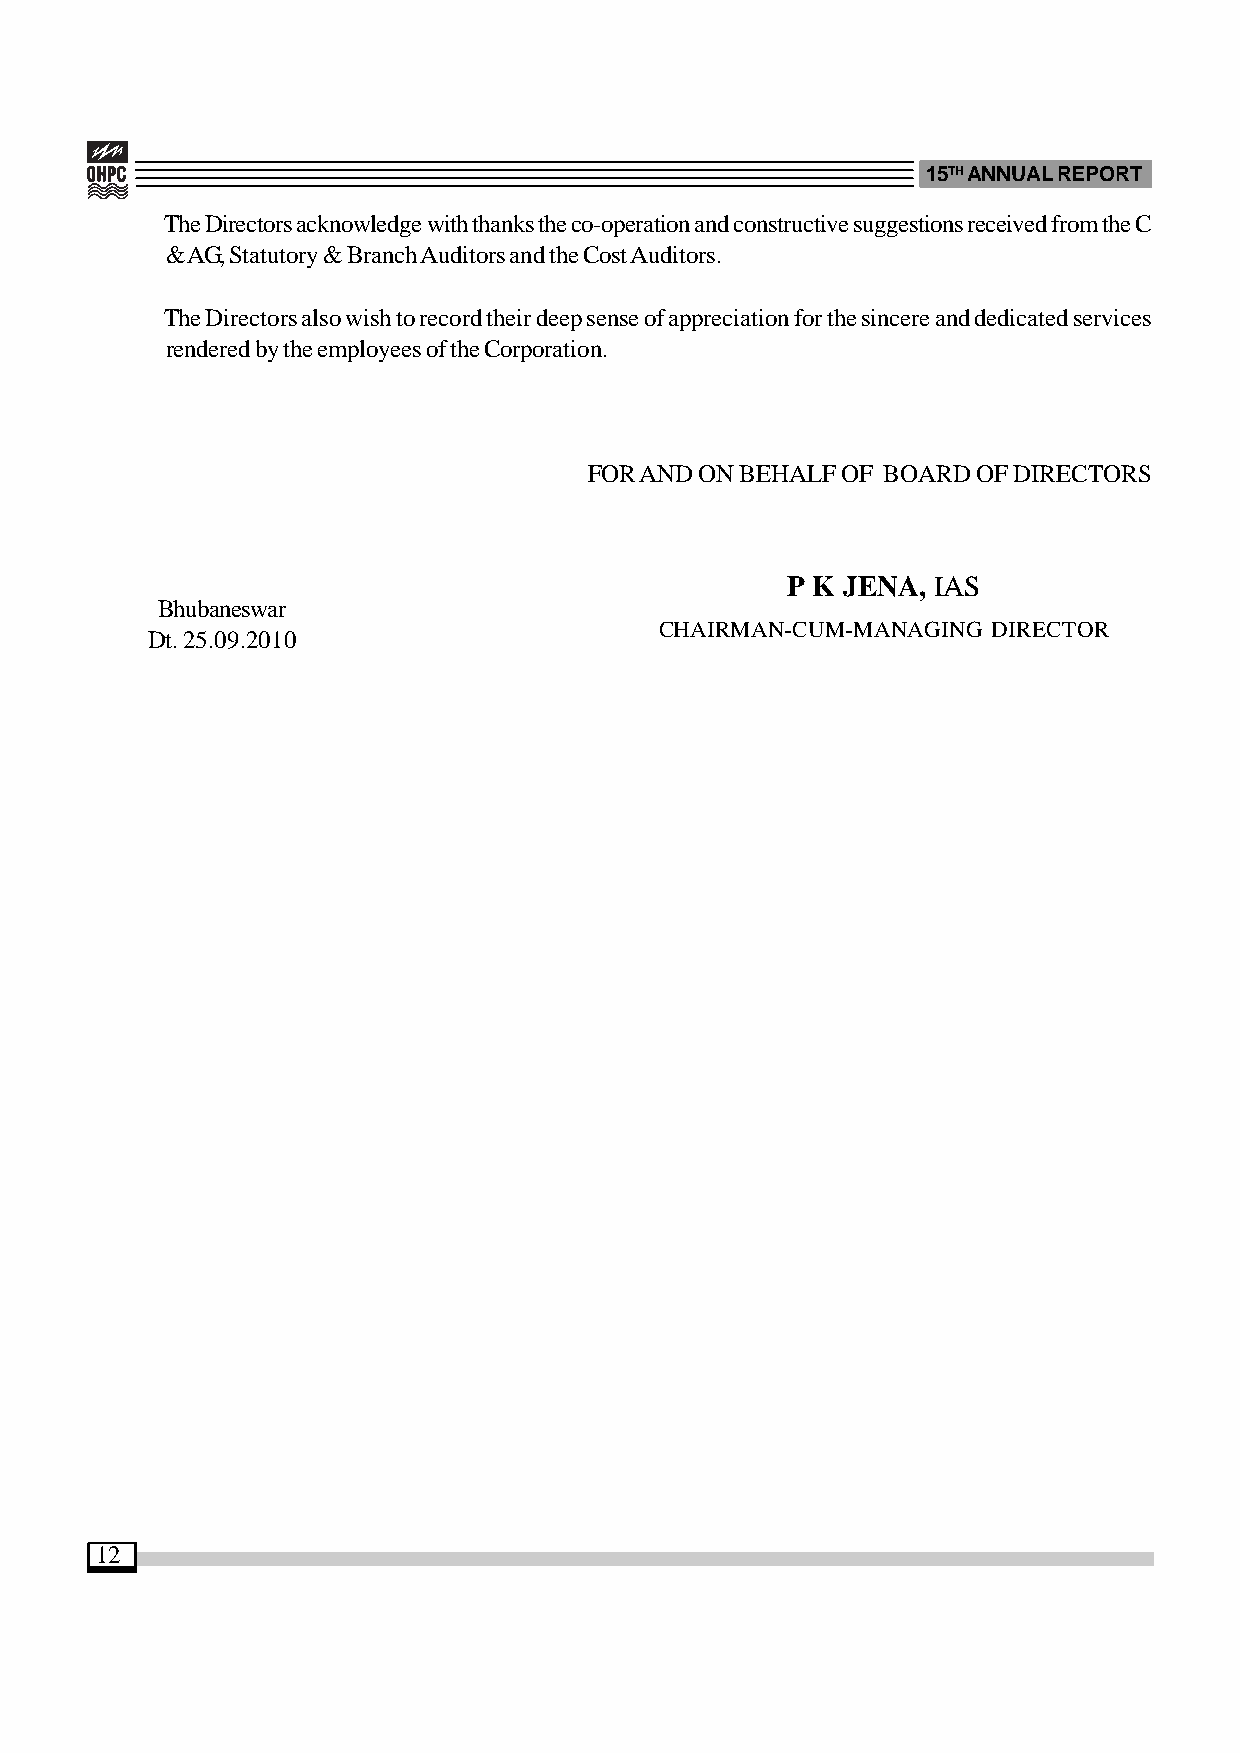
15TH ANNUAL REPORT
 The Directors acknowledge with thanks the co-operation and constructive suggestions received from the C
 & AG, Statutory & Branch Auditors and the Cost Auditors.
 The Directors also wish to record their deep sense of appreciation for the sincere and dedicated services
 rendered by the employees of the Corporation.
 FOR AND ON BEHALF OF BOARD OF DIRECTORS
 P K JENA, IAS
 Bhubaneswar
 CHAIRMAN-CUM-MANAGING DIRECTOR
 Dt. 25.09.2010
 12